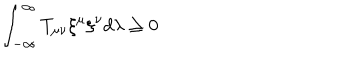
\int _ { - \infty } ^ { \infty } T _ { \mu \nu } { \xi } ^ { \mu } { \xi } ^ { \nu } d \lambda \ge 0